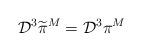
LaTeX: \begin{align*}{\cal D}^3\widetilde{\pi}^M={\cal D}^3\pi^M\end{align*}